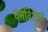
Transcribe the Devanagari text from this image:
वनविशेषज्ञ